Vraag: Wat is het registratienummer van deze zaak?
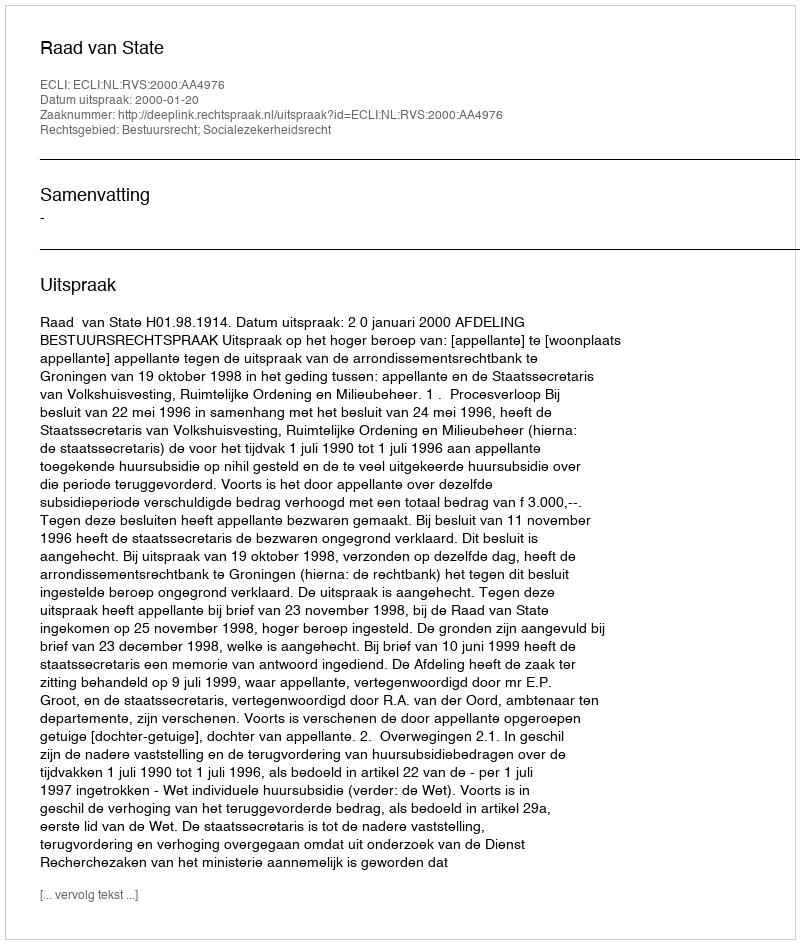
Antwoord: http://deeplink.rechtspraak.nl/uitspraak?id=ECLI:NL:RVS:2000:AA4976